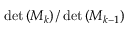
\operatorname* { d e t } \left( M _ { k } \right) / \operatorname* { d e t } \left( M _ { k - 1 } \right)